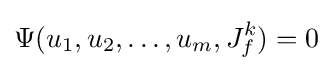
\Psi (u_{1},u_{2},\dots ,u_{m},J_{f}^{k})=0